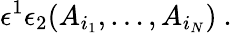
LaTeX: \epsilon^{1}\epsilon_{2}(A_{i_{1}},\dots,A_{i_{N}})\ .